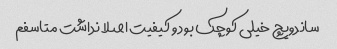
ساندویچ خیلی کوچک بود و کیفیت اصلا نداشت متاسفم